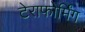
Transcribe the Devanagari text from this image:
टेराफोर्मिंग